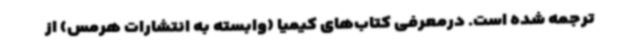
ترجمه شده است. درمعرفی کتاب‌های کیمیا (وابسته به انتشارات هرمس) از